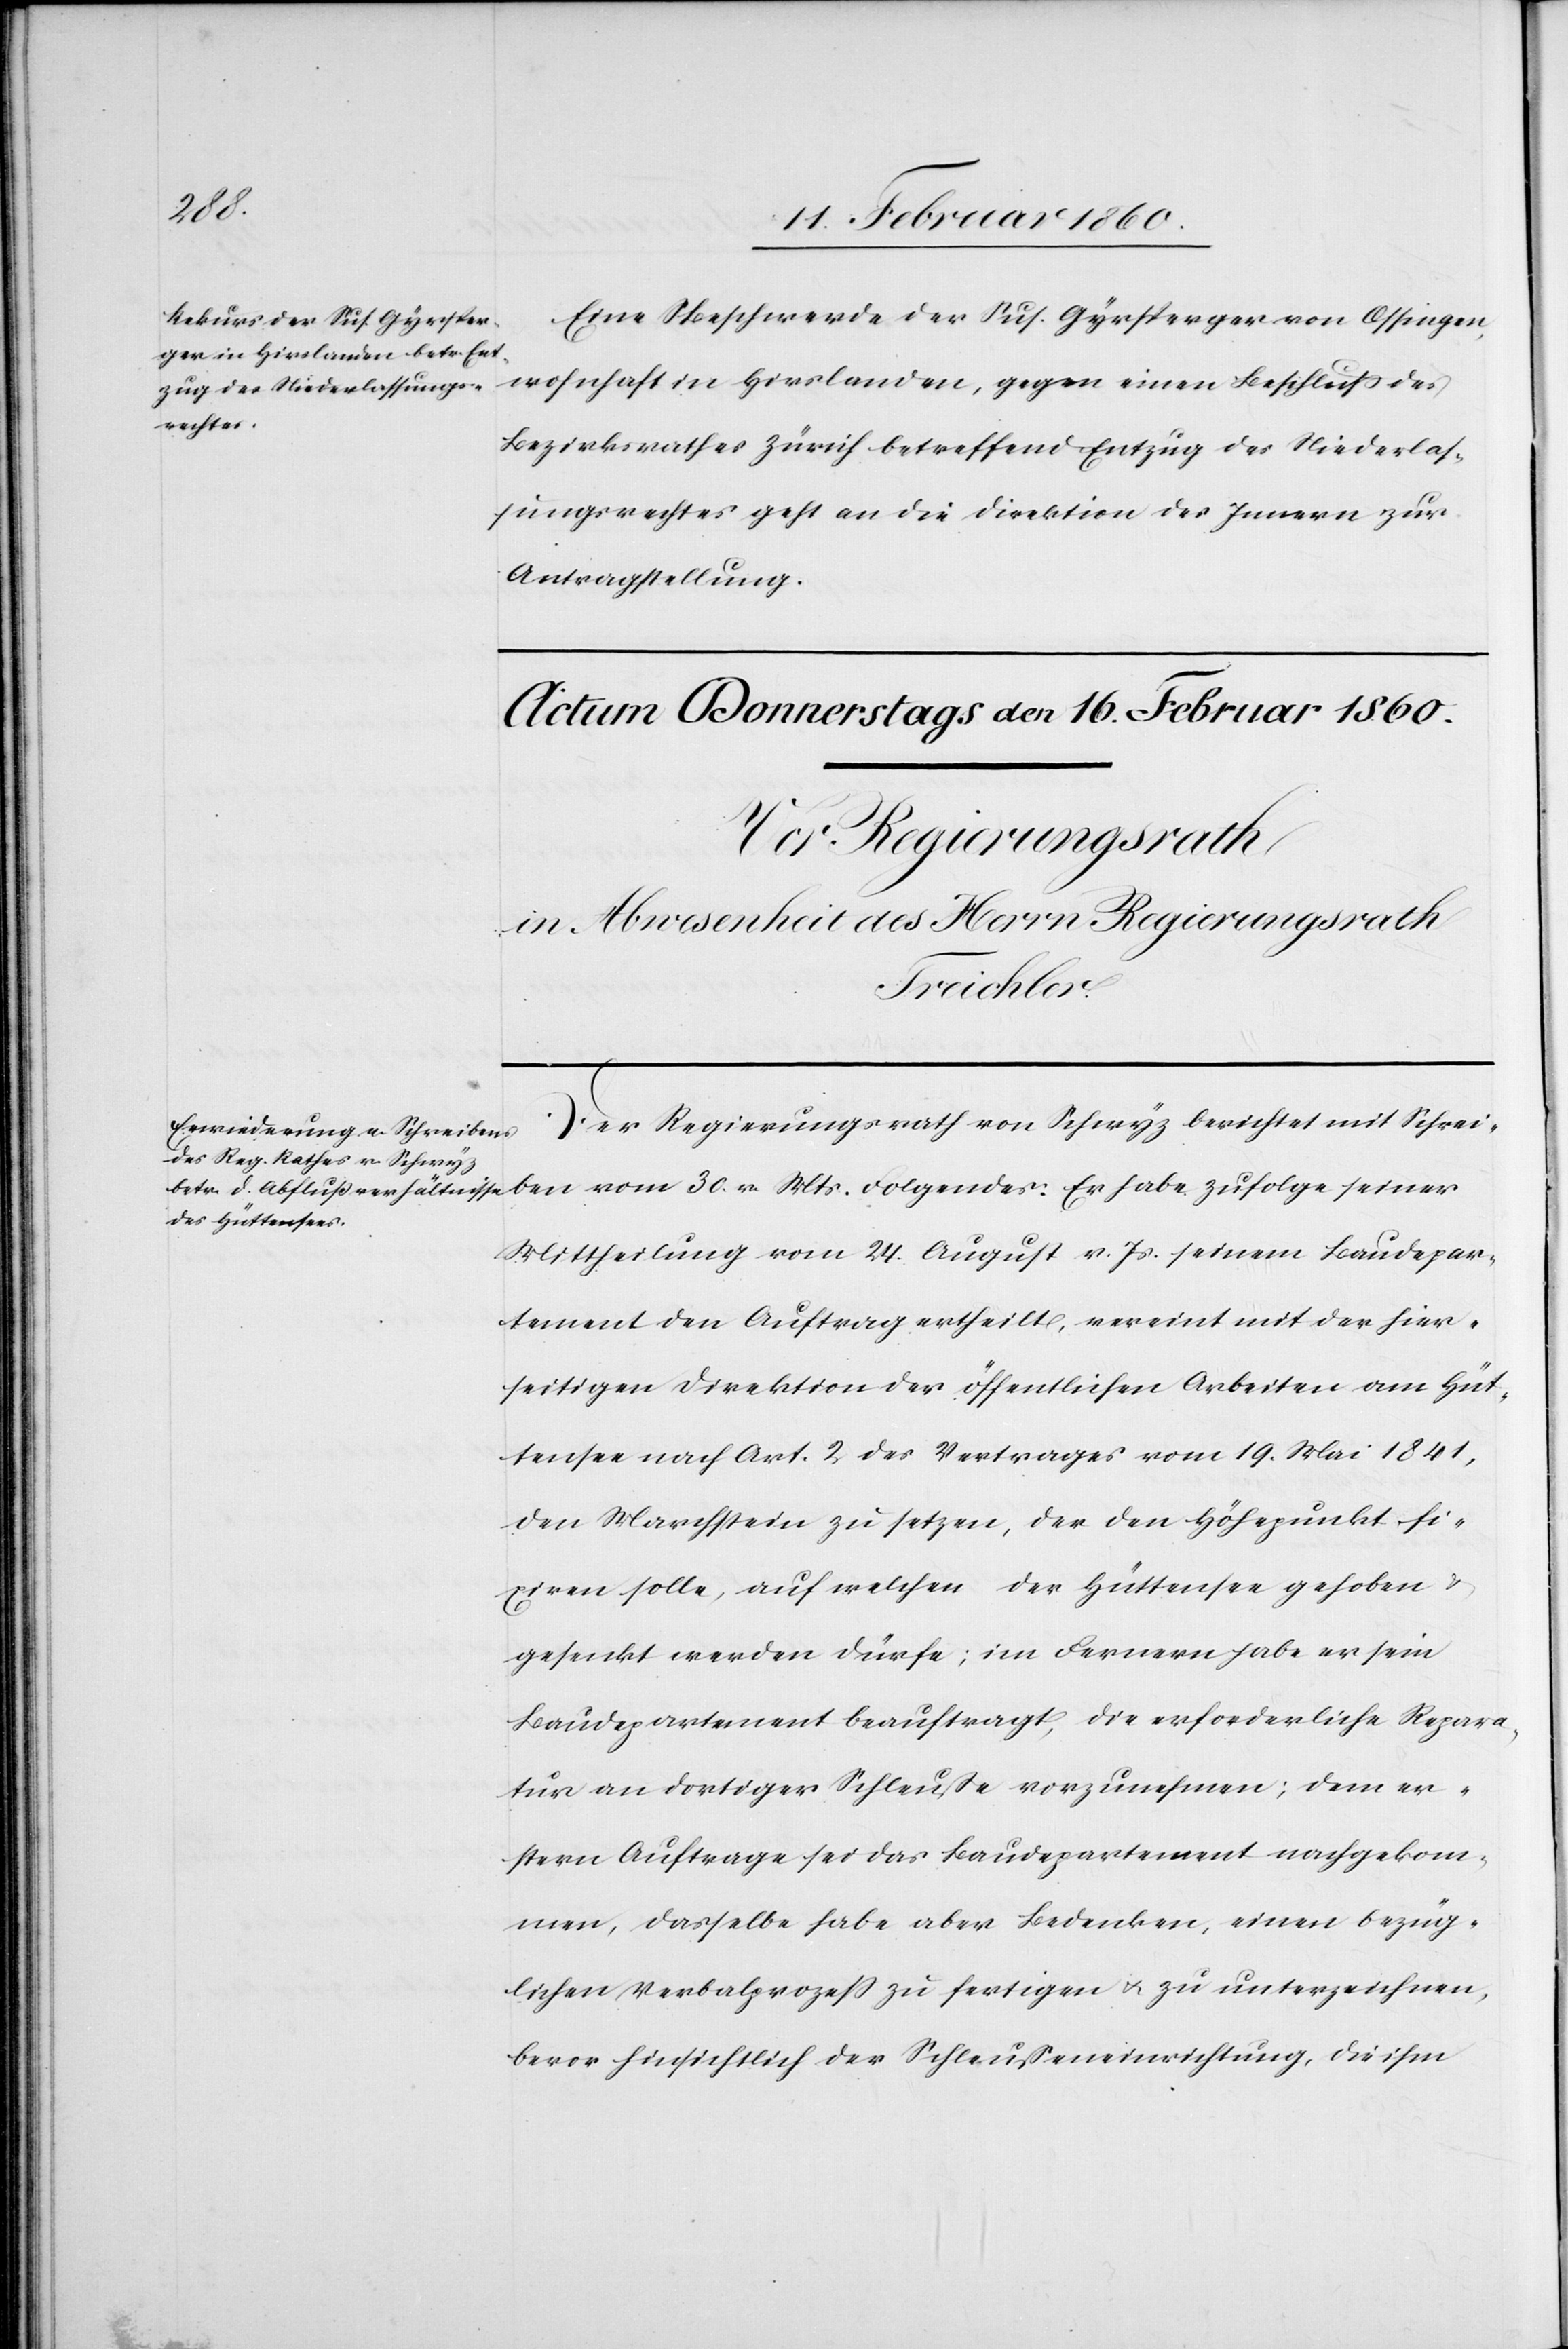
Actum

15. Februar 1860.]
Eine Beschwerde der Sus. Gyrsperger von Ossingen,
wohnhaft in Hirslanden, gegen einen Beschluß des
Bezirksrathes Zürich betreffend Entzug des Niederlas¬
sungsrechtes geht an die Direktion des Innern zur
Antragstellung.
Der Regierungsrath von Schwyz berichtet mit Schrei¬
ben vom 30. v. Mts. Folgendes: Er habe zufolge seiner
Mittheilung vom 24. August v. Js. seinem Bundesdepar¬
tement den Auftrag ertheilt, vereint mit der hier¬
seitigen Direktion der öffentlichen Arbeiten am Hüt¬
tensee nach Art. 2. des Vertrages vom 19. Mai 1841,
den Marchstein zu setzen, der den Höhepunkt fi¬
xiren solle, auf welchen der Hüttensee gehoben u.
gesenkt werden dürfe; im Fernern habe er sein
Baudepartement beauftragt, die erforderliche Repara¬
tur an dortiger Schleusse vorzunehmen; dem er¬
stern Auftrage sei das Baudepartement nachgekom¬
men, dasselbe habe aber Bedenken, einen bezüg¬
lichen Verbalprozess zu fertigen u. zu unterzeichnen,
bevor hinsichtlich der Schleusseneinrichtung, die ihm